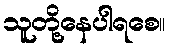
သူတို့နေပါရစေ။